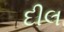
દીલ